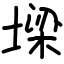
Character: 墚